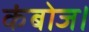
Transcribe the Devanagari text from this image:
कंबोज।